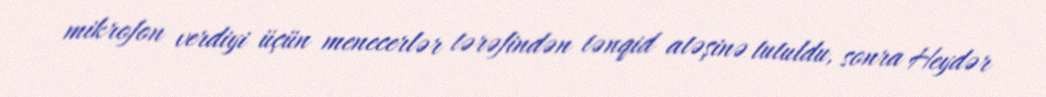
mikrofon verdiyi üçün menecerlər tərəfindən tənqid atəşinə tutuldu, sonra Heydər